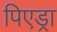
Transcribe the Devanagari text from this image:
पिएड्रा